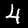
Label: 4